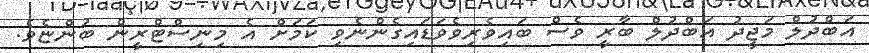
އަބްދުލް މަޖީދު އަބްދުލް ބާރީ ވެސް ބައިވެރިވެވަޑައިގެންނެވި ކަމަށް އެ މިނިސްޓްރީން ބުންޏެވެ.